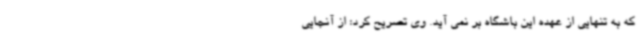
که به تنهایی از عهده این باشگاه بر نمی آید. وی تصریح کرد: از آنجایی